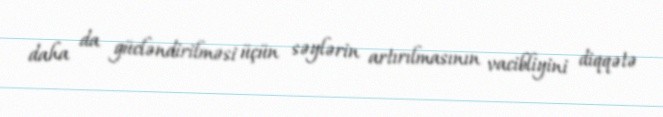
daha da gücləndirilməsi üçün səylərin artırılmasının vacibliyini diqqətə